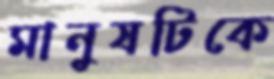
মানুষটিকে